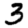
Digit: 3